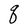
Character: q